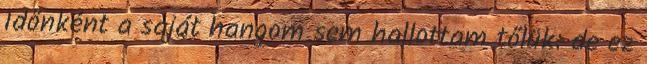
Időnként a saját hangom sem hallottam tőlük: de ez